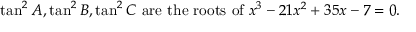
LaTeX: \tan ^ { 2 } A , \tan ^ { 2 } B , \tan ^ { 2 } C { \mathrm { ~ a r e ~ t h e ~ r o o t s ~ o f ~ } } x ^ { 3 } - 2 1 x ^ { 2 } + 3 5 x - 7 = 0 .